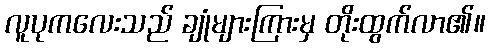
လူပုကလေးသည် ချုံများကြားမှ တိုးထွက်လာ၏။